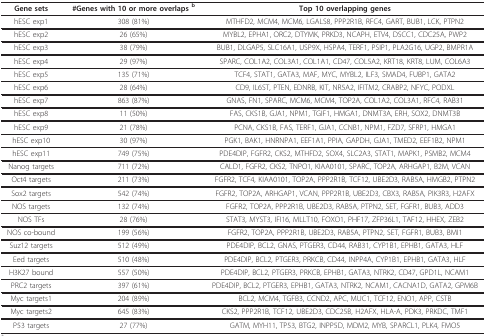
<table><thead><tr><td><b>Gene sets</b></td><td><b>#Genes with 10 or more overlaps <sup>b</sup></b></td><td><b>Top 10 overlapping genes</b></td></tr></thead><tbody><tr><td>hESC exp1</td><td>308 (81%)</td><td>MTHFD2, MCM4, MCM6, LGALS8, PPP2R1B, RFC4, GART, BUB1, LCK, PTPN2</td></tr><tr><td>hESC exp2</td><td>26 (65%)</td><td>MYBL2, EPHA1, ORC2, DTYMK, PRKD3, NCAPH, ETV4, DSCC1, CDC25A, PWP2</td></tr><tr><td>hESC exp3</td><td>38 (79%)</td><td>BUB1, DLGAP5, SLC16A1, USP9X, HSPA4, TERF1, PSIP1, PLA2G16, UGP2, BMPR1A</td></tr><tr><td>hESC exp4</td><td>29 (97%)</td><td>SPARC, COL1A2, COL3A1, COL1A1, CD47, COL5A2, KRT18, KRT8, LUM, COL6A3</td></tr><tr><td>hESC exp5</td><td>135 (71%)</td><td>TCF4, STAT1, GATA3, MAF, MYC, MYBL2, ILF3, SMAD4, FUBP1, GATA2</td></tr><tr><td>hESC exp6</td><td>28 (64%)</td><td>CD9, IL6ST, PTEN, EDNRB, KIT, NR5A2, IFITM2, CRABP2, NFYC, PODXL</td></tr><tr><td>hESC exp7</td><td>863 (87%)</td><td>GNAS, FN1, SPARC, MCM6, MCM4, TOP2A, COL1A2, COL3A1, RFC4, RAB31</td></tr><tr><td>hESC exp8</td><td>11 (50%)</td><td>FAS, CKS1B, GJA1, NPM1, TGIF1, HMGA1, DNMT3A, ERH, SOX2, DNMT3B</td></tr><tr><td>hESC exp9</td><td>21 (78%)</td><td>PCNA, CKS1B, FAS, TERF1, GJA1, CCNB1, NPM1, FZD7, SFRP1, HMGA1</td></tr><tr><td>hESC exp10</td><td>30 (97%)</td><td>PGK1, BAK1, HNRNPA1, EEF1A1, PPIA, GAPDH, GJA1, TMED2, EEF1B2, NPM1</td></tr><tr><td>hESC exp11</td><td>749 (75%)</td><td>PDE4DIP, FGFR2, CKS2, MTHFD2, SOX4, SLC2A3, STAT1, MAPK1, PSMB2, MCM4</td></tr><tr><td>Nanog targets</td><td>711 (72%)</td><td>CALD1, FGFR2, CKS2, TNPO1, KIAA0101, SPARC, TOP2A, ARHGAP1, B2M, VCAN</td></tr><tr><td>Oct4 targets</td><td>211 (73%)</td><td>FGFR2, TCF4, KIAA0101, TOP2A, PPP2R1B, TCF12, UBE2D3, RAB5A, HMGB2, PTPN2</td></tr><tr><td>Sox2 targets</td><td>542 (74%)</td><td>FGFR2, TOP2A, ARHGAP1, VCAN, PPP2R1B, UBE2D3, CBX3, RAB5A, PIK3R3, H2AFX</td></tr><tr><td>NOS targets</td><td>132 (74%)</td><td>FGFR2, TOP2A, PPP2R1B, UBE2D3, RAB5A, PTPN2, SET, FGFR1, BUB3, ADD3</td></tr><tr><td>NOS TFs</td><td>28 (76%)</td><td>STAT3, MYST3, IFI16, MLLT10, FOXO1, PHF17, ZFP36L1, TAF12, HHEX, ZEB2</td></tr><tr><td>NOS co-bound</td><td>199 (56%)</td><td>FGFR2, TOP2A, PPP2R1B, UBE2D3, RAB5A, PTPN2, SET, FGFR1, BUB3, BMI1</td></tr><tr><td>Suz12 targets</td><td>512 (49%)</td><td>PDE4DIP, BCL2, GNAS, PTGER3, CD44, RAB31, CYP1B1, EPHB1, GATA3, HLF</td></tr><tr><td>Eed targets</td><td>510 (48%)</td><td>PDE4DIP, BCL2, PTGER3, PRKCB, CD44, INPP4A, CYP1B1, EPHB1, GATA3, HLF</td></tr><tr><td>H3K27 bound</td><td>557 (50%)</td><td>PDE4DIP, BCL2, PTGER3, PRKCB, EPHB1, GATA3, NTRK2, CD47, GPD1L, NCAM1</td></tr><tr><td>PRC2 targets</td><td>397 (61%)</td><td>PDE4DIP, BCL2, PTGER3, EPHB1, GATA3, NTRK2, NCAM1, CACNA1D, GATA2, GPM6B</td></tr><tr><td>Myc targets1</td><td>204 (89%)</td><td>BCL2, MCM4, TGFB3, CCND2, APC, MUC1, TCF12, ENO1, APP, CSTB</td></tr><tr><td>Myc targets2</td><td>645 (83%)</td><td>CKS2, PPP2R1B, TCF12, UBE2D3, CDC25B, H2AFX, HLA-A, PDK3, PRKDC, TMF1</td></tr><tr><td>P53 targets</td><td>27 (77%)</td><td>GATM, MYH11, TP53, BTG2, INPP5D, MDM2, MYB, SPARCL1, PLK4, FMO5</td></tr></tbody></table>